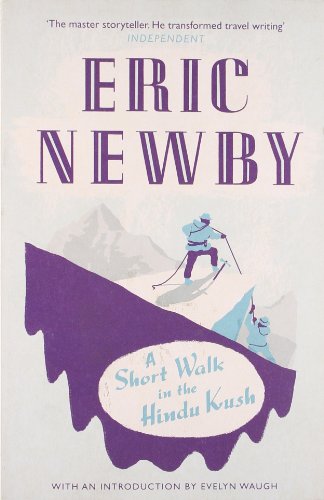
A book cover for A Short Walk in the Hindu Kush; Eric Newby; Travel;